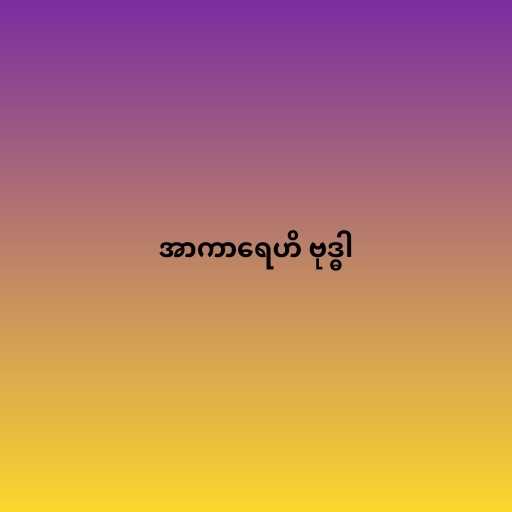
အာကာရေဟိ ဗုဒ္ဓါ